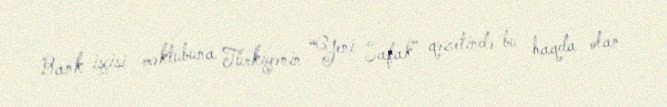
Bank işçisi məktubuna Türkiyənin “Yeni Şafak” qəzetində bu haqda olan